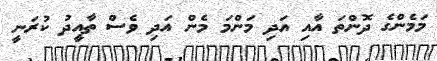
މަމެންގެ ދޮންތަ އާއި އަދި މަންމަ މެން އަދި ވެސް ތާއީދު ކުރަނީ